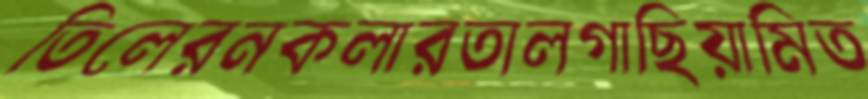
তিলেরনকলারতালগাছিয়ামিত